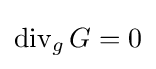
\operatorname {div} _{g}G=0